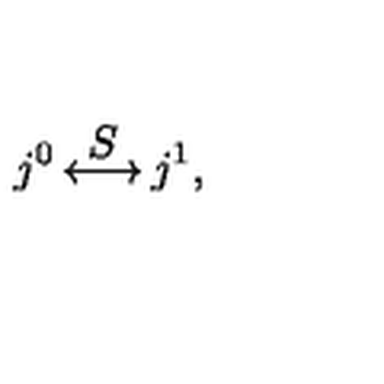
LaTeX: j ^ { 0 } \mathop { \longleftrightarrow } ^ { \displaystyle S } j ^ { 1 } ,